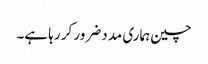
چین ہماری مدد ضرور کر رہا ہے۔